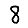
Digit: 8